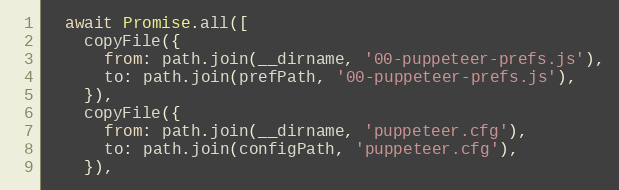
Language: JavaScript
  await Promise.all([
    copyFile({
      from: path.join(__dirname, '00-puppeteer-prefs.js'),
      to: path.join(prefPath, '00-puppeteer-prefs.js'),
    }),
    copyFile({
      from: path.join(__dirname, 'puppeteer.cfg'),
      to: path.join(configPath, 'puppeteer.cfg'),
    }),